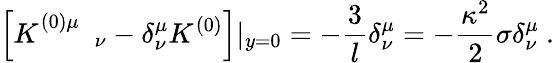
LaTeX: \left[K_{\quad\quad\nu}^{(0)\mu}-\delta_{\nu}^{\mu}K^{(0)}\right]|_{y=0}=-{\frac{3}{l}}\delta_{\nu}^{\mu}=-{\frac{\kappa^{2}}{2}}\sigma\delta_{\nu}^{\mu}\ .